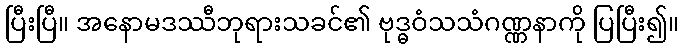
ပြီးပြီ။ အနောမဒဿီဘုရားသခင်၏ ဗုဒ္ဓဝံသသံဂဏ္ဏနာကို ပြပြီး၍။